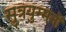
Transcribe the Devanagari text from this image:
सुत्रयुग्मनों